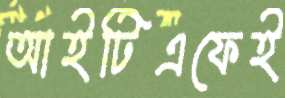
আইটিএফেই